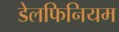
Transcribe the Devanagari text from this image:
डेलफिनियम